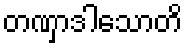
တဏှာဒါသောတိ